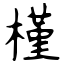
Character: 槿